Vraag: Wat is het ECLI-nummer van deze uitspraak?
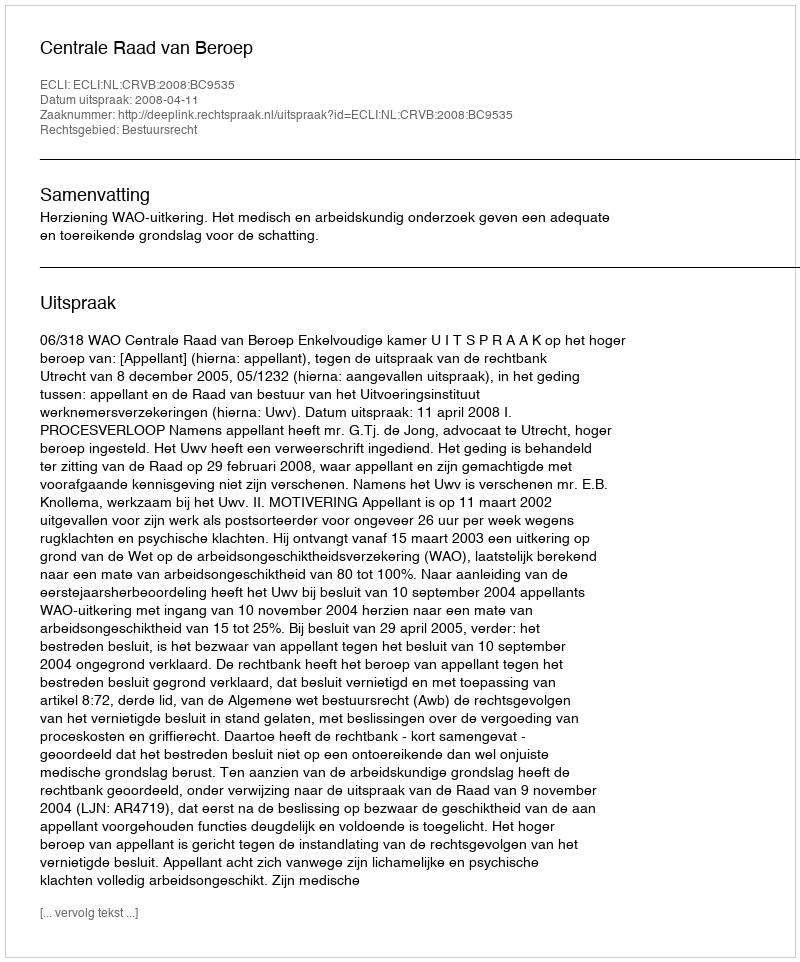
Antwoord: ECLI:NL:CRVB:2008:BC9535